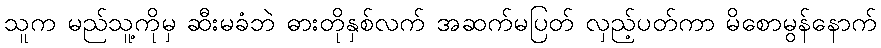
သူက မည်သူ့ကိုမှ ဆီးမခံဘဲ ဓားတိုနှစ်လက် အဆက်မပြတ် လှည့်ပတ်ကာ မိစောမွန်နောက်